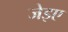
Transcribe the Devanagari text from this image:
जेइए